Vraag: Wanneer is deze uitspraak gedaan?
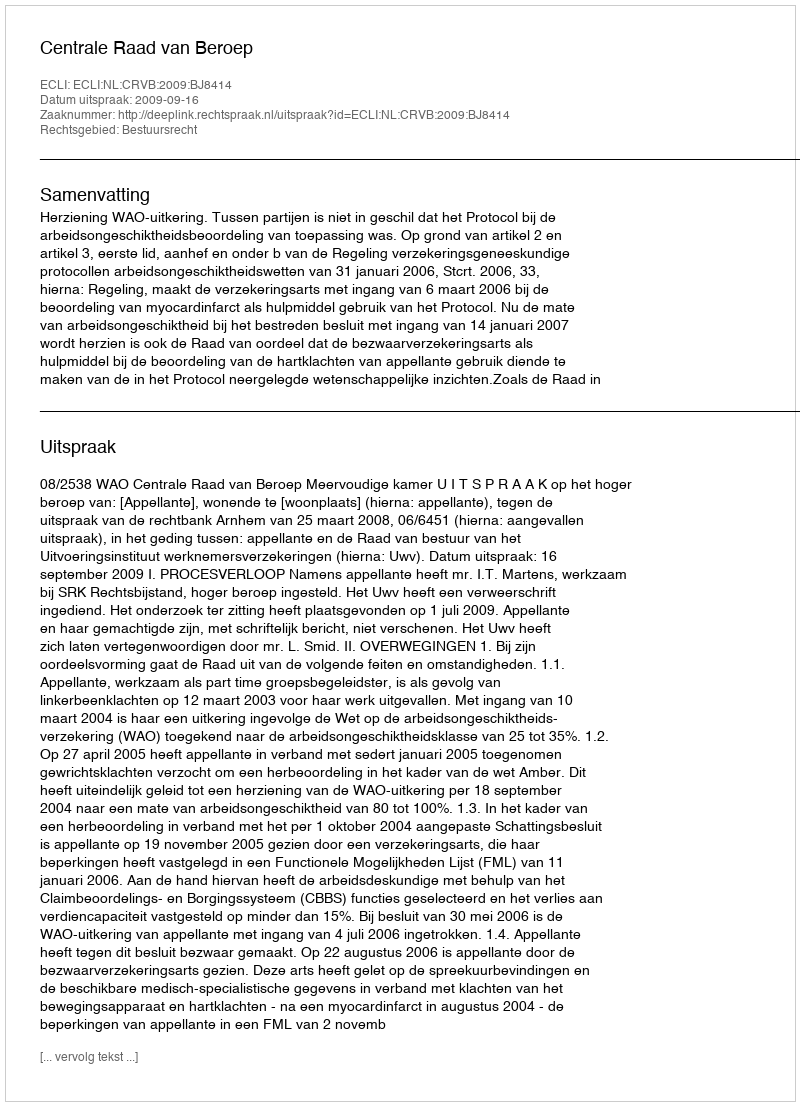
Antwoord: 2009-09-16